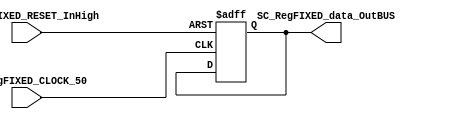
/*######################################################################
//#	G0B1T: HDL EXAMPLES. 2018.
//######################################################################
//# Copyright (C) 2018. F.E.Segura-Quijano (FES) fsegura@uniandes.edu.co
//# 
//# This program is free software: you can redistribute it and/or modify
//# it under the terms of the GNU General Public License as published by
//# the Free Software Foundation, version 3 of the License.
//#
//# This program is distributed in the hope that it will be useful,
//# but WITHOUT ANY WARRANTY; without even the implied warranty of
//# MERCHANTABILITY or FITNESS FOR A PARTICULAR PURPOSE.  See the
//# GNU General Public License for more details.
//#
//# You should have received a copy of the GNU General Public License
//# along with this program.  If not, see <http://www.gnu.org/licenses/>
//####################################################################*/
//=======================================================
//  MODULE Definition
//=======================================================
module SC_RegFIXED #(parameter DATAWIDTH_BUS=32, parameter DATA_REGFIXED_INIT=32'b0)(
	//////////// OUTPUTS //////////
	SC_RegFIXED_data_OutBUS,
	//////////// INPUTS //////////
	SC_RegFIXED_CLOCK_50,
	SC_RegFIXED_RESET_InHigh
);
//=======================================================
//  PARAMETER declarations
//=======================================================

//=======================================================
//  PORT declarations
//=======================================================
output reg		[DATAWIDTH_BUS-1:0] SC_RegFIXED_data_OutBUS;
input			SC_RegFIXED_CLOCK_50;
input			SC_RegFIXED_RESET_InHigh;
//=======================================================
//  REG/WIRE declarations
//=======================================================
reg [DATAWIDTH_BUS-1:0] RegFIXED_Register;
reg [DATAWIDTH_BUS-1:0] RegFIXED_Signal;
//=======================================================
//  Structural coding
//=======================================================
//INPUT LOGIC: COMBINATIONAL
always @ (*)
	RegFIXED_Signal = RegFIXED_Register;
// REGISTER : SEQUENTIAL
always @ ( negedge SC_RegFIXED_CLOCK_50 , posedge SC_RegFIXED_RESET_InHigh)
	if (SC_RegFIXED_RESET_InHigh==1)
		RegFIXED_Register <= DATA_REGFIXED_INIT;
	else
		RegFIXED_Register <= RegFIXED_Signal;
//=======================================================
//  Outputs
//=======================================================
// OUTPUT LOGIC : COMBINATIONAL
	always @ (*)
		SC_RegFIXED_data_OutBUS = RegFIXED_Register;  

endmodule